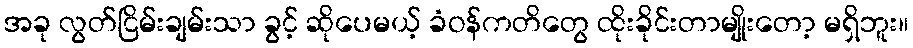
အခု လွတ်ငြိမ်းချမ်းသာ ခွင့် ဆိုပေမယ့် ခံဝန်ကတိတွေ ထိုးခိုင်းတာမျိုးတော့ မရှိဘူး။